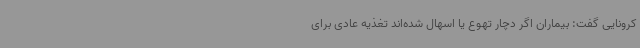
کرونایی گفت: بیماران اگر دچار تهوع یا اسهال شده‌اند تغذیه عادی برای